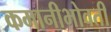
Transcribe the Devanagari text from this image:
कमानीभोवती